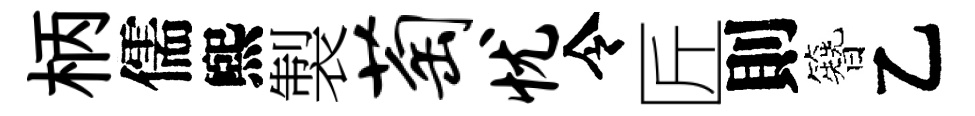
柄儒煕製萄忧令匠則簪乙